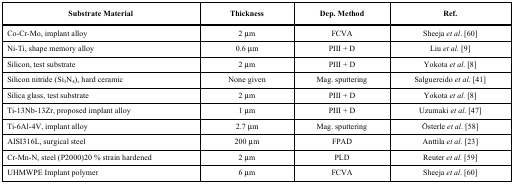
<table><thead><tr><td><b>Substrate Material</b></td><td><b>Thickness</b></td><td><b>Dep. Method</b></td><td><b>Ref.</b></td></tr></thead><tbody><tr><td>Co-Cr-Mo, implant alloy</td><td>2 μm</td><td>FCVA</td><td>Sheeja <i>et al</i>. [60]</td></tr><tr><td>Ni-Ti, shape memory alloy</td><td>0.6 μm</td><td>PIII + D</td><td>Liu <i>et al.</i> [9]</td></tr><tr><td>Silicon, test substrate</td><td>2 μm</td><td>PIII + D</td><td>Yokota <i>et al.</i> [8]</td></tr><tr><td>Silicon nitride (Si<sub>3</sub>N<sub>4</sub>), hard ceramic</td><td>None given</td><td>Mag. sputtering</td><td>Salguereido <i>et al</i>. [41]</td></tr><tr><td>Silica glass, test substrate</td><td>2 μm</td><td>PIII + D</td><td>Yokota <i>et al. </i>[8]</td></tr><tr><td>Ti-13Nb-13Zr, proposed implant alloy</td><td>1 μm</td><td>PIII + D</td><td>Uzumaki <i>et al</i>. [47]</td></tr><tr><td>Ti-6Al-4V, implant alloy</td><td>2.7 μm</td><td>Mag. sputtering</td><td>Österle <i>et al</i>. [58]</td></tr><tr><td>AISI316L, surgical steel</td><td>200 μm</td><td>FPAD</td><td>Anttila <i>et al.</i> [23]</td></tr><tr><td>Cr-Mn-N, steel (P2000)20 % strain hardened</td><td>2 μm</td><td>PLD</td><td>Reuter <i>et al.</i> [59]</td></tr><tr><td>UHMWPE Implant polymer</td><td>6 μm</td><td>FCVA</td><td>Sheeja <i>et al</i>. [60]</td></tr></tbody></table>